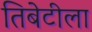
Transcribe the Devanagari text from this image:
तिबेटीला